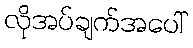
လိုအပ်ချက်အပေါ်